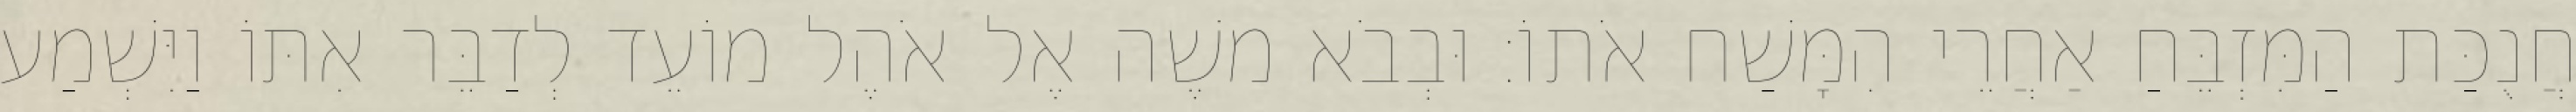
חֲנֻכַּת הַמִּזְבֵּחַ אַחֲרֵי הִמָּשַׁח אֹתוֹ׃ וּבְבֹא משֶׁה אֶל אֹהֶל מוֹעֵד לְדַבֵּר אִתּוֹ וַיִּשְׁמַע